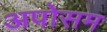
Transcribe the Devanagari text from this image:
अपोसम